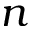
n